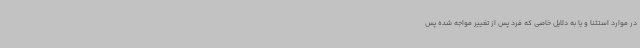
در موارد استثنا و یا به دلایل خاصی که فرد پس از تغییر مواجه شده پس